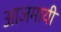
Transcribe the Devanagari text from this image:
आजमायी